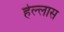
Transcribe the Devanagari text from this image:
हेल्लास